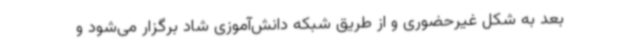
بعد به شکل غیرحضوری و از طریق شبکه‌ دانش‌آموزی شاد برگزار می‌شود و